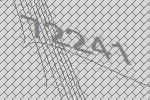
72241